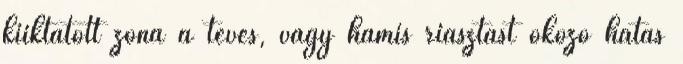
kiiktatott zóna a téves, vagy hamis riasztást okozó hatás